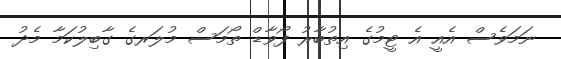
ނަމަވެސް އެއީ އެ ޓީމުގެ އިތުބާރު ފޯވާޑް ތޯމަސް މުލަރގެ ގާބިލުކަމާ މެދު